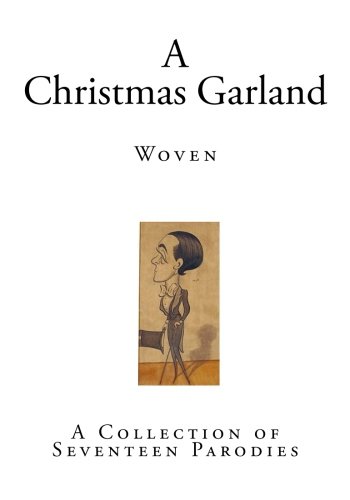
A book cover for A Christmas Garland: Woven (A Collection of Seventeen Parodies); Max Beerbohm; Humor & Entertainment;